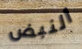
النبض